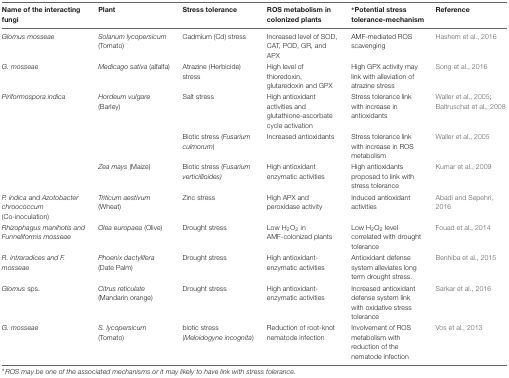
| Name of the interacting fungi | Plant | Stress tolerance | ROS metabolism in colonized plants | ∗Potential stress tolerance-mechanism | Reference |
 | --- | --- | --- | --- | --- | --- |
 | Glomus mosseae | Solanum lycopersicum (Tomato) | Cadmium (Cd) stress | Increased level of SOD, CAT, POD, GR, and APX | AMF-mediated ROS scavenging | Hashem et al., 2016 |
 | G. mosseae | Medicago sativa (alfalfa) | Atrazine (Herbicide) stress | High level of thioredoxin, glutaredoxin and GPX | High GPX activity may link with alleviation of atrazine stress | Song et al., 2016 |
 | Piriformospora indica | Hordeum vulgare (Barley) | Salt stress | High antioxidant activities and glutathione-ascorbate cycle activation | Stress tolerance link with increase in antioxidants | Waller et al., 2005; Baltruschat et al., 2008 |
 |  |  | Biotic stress (Fusarium culmorum) | Increased antioxidants | Stress tolerance link with increase in ROS metabolism | Waller et al., 2005 |
 |  | Zea mays (Maize) | Biotic stress (Fusarium verticillioides) | High antioxidant enzymatic activities | High antioxidants proposed to link with stress tolerance | Kumar et al., 2009 |
 | P. indica and Azotobacter chroococcum (Co-inoculation) | Triticum aestivum (Wheat) | Zinc stress | High APX and peroxidase activity | Induced antioxidant activities | Abadi and Sepehri, 2016 |
 | Rhizophagus manihotis and Funneliformis mosseae | Olea europaea (Olive) | Drought stress | Low H2O2 in AMF-colonized plants | Low H2O2 level correlated with drought tolerance | Fouad et al., 2014 |
 | R. intraradices and F. mosseae | Phoenix dactylifera (Date Palm) | Drought stress | High antioxidant- enzymatic activities | Antioxidant defense system alleviates long term drought stress. | Benhiba et al., 2015 |
 | Glomus sps. | Citrus reticulate (Mandarin orange) | Drought stress | High antioxidant- enzymatic activities | Increased antioxidant defense system link with oxidative stress tolerance | Sarkar et al., 2016 |
 | G. mosseae | S. lycopersicum (Tomato) | biotic stress (Meloidogyne incognita) | Reduction of root-knot nematode infection | Involvement of ROS metabolism with reduction of the nematode infection | Vos et al., 2013 |